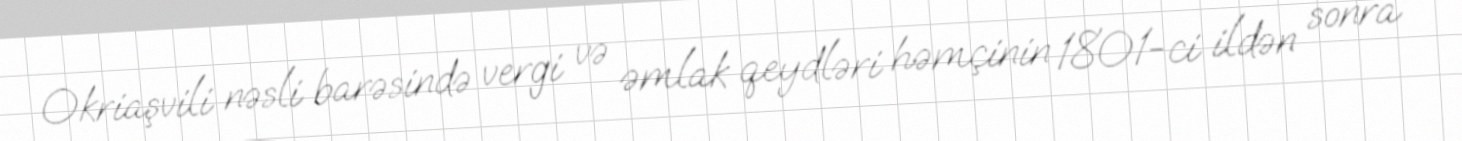
Okriaşvili nəsli barəsində vergi və əmlak qeydləri həmçinin 1801-ci ildən sonra